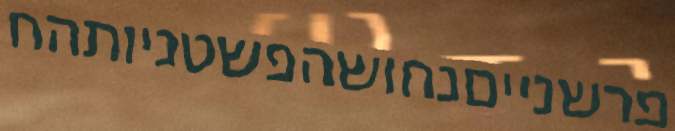
פרשנייםנחושהפשטניותהח